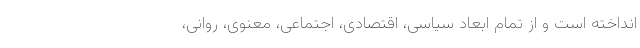
انداخته است و از تمام ابعاد سیاسی، اقتصادی، اجتماعی، معنوی، روانی،